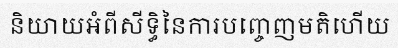
និយាយអំពីសីទ្ធិនៃការបញ្ចេញមតិហើយ